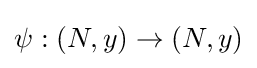
\psi :(N,y)\to (N,y)